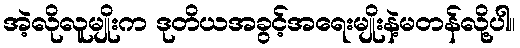
အဲ့လိုလူမျိုးက ဒုတိယအခွင့်အရေးမျိုးနဲ့မတန်လို့ပါ။